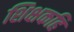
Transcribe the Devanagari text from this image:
शिक्षकहि